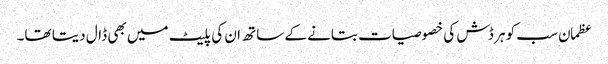
عظمان سب کو ہر ڈش کی خصوصیات بتانے کے ساتھ ان کی پلیٹ میں بھی ڈال دیتا تھا۔